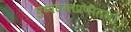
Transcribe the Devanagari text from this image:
पुष्पदन्तप्रणीतम्।।